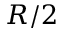
R / 2